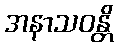
အနာသဝန္တိ